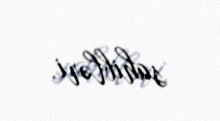
sahibləri.